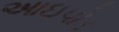
આઇપોડ